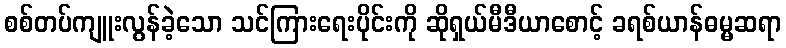
စစ်တပ်ကျူးလွန်ခဲ့သော သင်ကြားရေးပိုင်းကို ဆိုရှယ်မီဒီယာစောင့် ခရစ်ယာန်ဓမ္မဆရာ